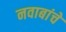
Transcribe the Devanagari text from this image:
नवाबांचे